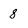
Character: 8